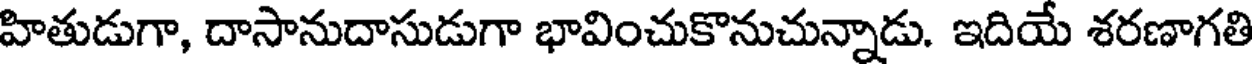
హితుడుగా, దాసానుదాసుడుగా భావించుకొనుచున్నాడు. ఇదియే శరణాగతి